Insane asylums in Bengal annual reports 1867-1875 - 1867-1875
Year: 1867
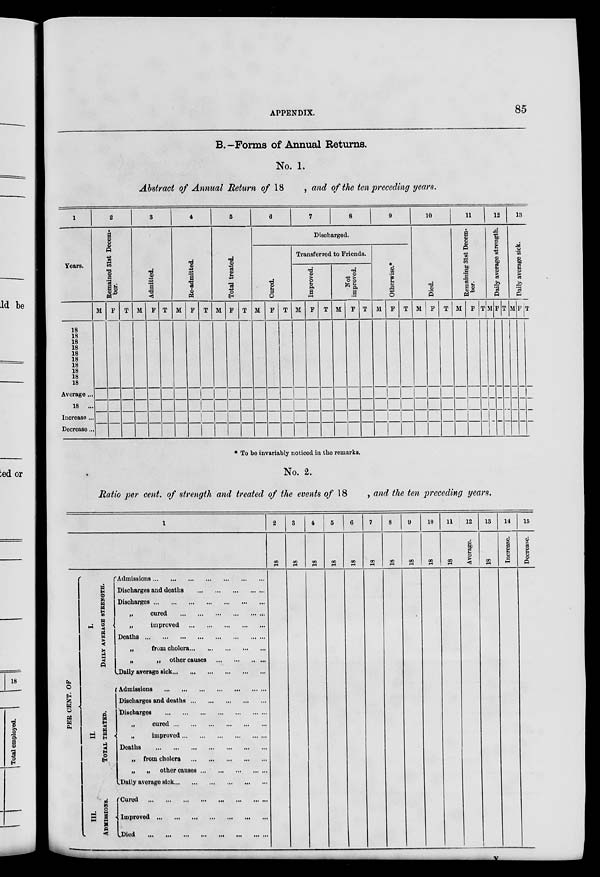
APPENDIX.
85
B.—Forms of Annual Returns.
No. 1.
Abstract of Annual Return of 18
, and of the ten preceding years.
1
Years.
18
18
18
18
18
18
18
18
18
18
Average ...
18 ...
Increase ...
Decrease ...
2
Remained Slat Decem-
ber.
M F T
3
Admitted.
M F T
4
Re-admitted.
M F T
5
Total treated.
M F T
6
7
8
9
Discharged.
Cured.
M F T
Transferred to Friends.
Improved.
M F T
Not
improved.
M F T
Otherwise.*
M F T
10
Died.
M F T
11
Remaining 31st Decem-
ber.
M F T
12
Daily average strength.
M F T
13
Daily average sick.
M F T
* To be invariably noticed in the remarks.
No. 2.
Ratio per cent. of strength and treated of the events of 18
, and the ten preceding years.
1
PER CENT. OF
I.
DAILY AVERAGE STRENGTH.
II.
T OT AL TREATED.
III.
ADMISSIONS.
Admissions ... ... ... ... ... ... ...
Discharges and deaths ... ... ... ... ...
Discharges
...
...
...
...
...
...
...
„
cured ... ... ... ... ... ...
„
improved ... ... ... ... ...
Deaths ... ... ... ... ... ... ... ...
„
from cholera ... ... ... ... ...
„
„ other causes ... ... ... ...
Daily average sick ... ... ... ... ... ...
Admissions ... ... ... ... ... ... ...
Discharges and deaths ... ... ... ... ...
Discharges ... ... ... ... ... ...
„
cured ... ... ... ... ... ...
„
improved ... ... ... ... ... ...
Deaths
...
...
...
...
...
...
...
„ from cholera ... ... ... ... ...
„
„ other causes ... ... ... ... ...
Daily average sick ... ... ... ... ... ...
Cured ... ... ... ... ... ... ... ...
Improved
...
...
...
...
...
...
...
Died
...
...
...
...
...
...
...
...
2
18
3
18
4
18
5
18
6
18
7
18
8
18
9
18
10
18
11
18
12
Average.
13
18
14
Increase.
15
Decrease.